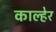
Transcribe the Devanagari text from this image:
काल्हेर